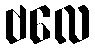
ဗလေ